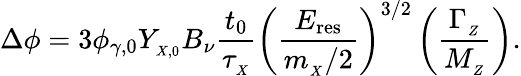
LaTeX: \Delta\phi=3\phi_{\gamma,0}Y_{_{X,0}}B_{\nu}{\frac{t_{0}}{\tau_{_X}}}\left(\frac{E_{\mathrm{res}}}{m_{_X}/2}\right)^{3/2}\left(\frac{\Gamma_{_Z}}{M_{_Z}}\right).